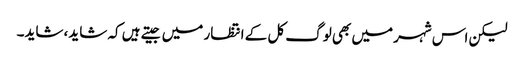
لیکن اس شہر میں بھی لوگ کل کے انتظار میں جیتے ہیں کہ شاید، شاید۔